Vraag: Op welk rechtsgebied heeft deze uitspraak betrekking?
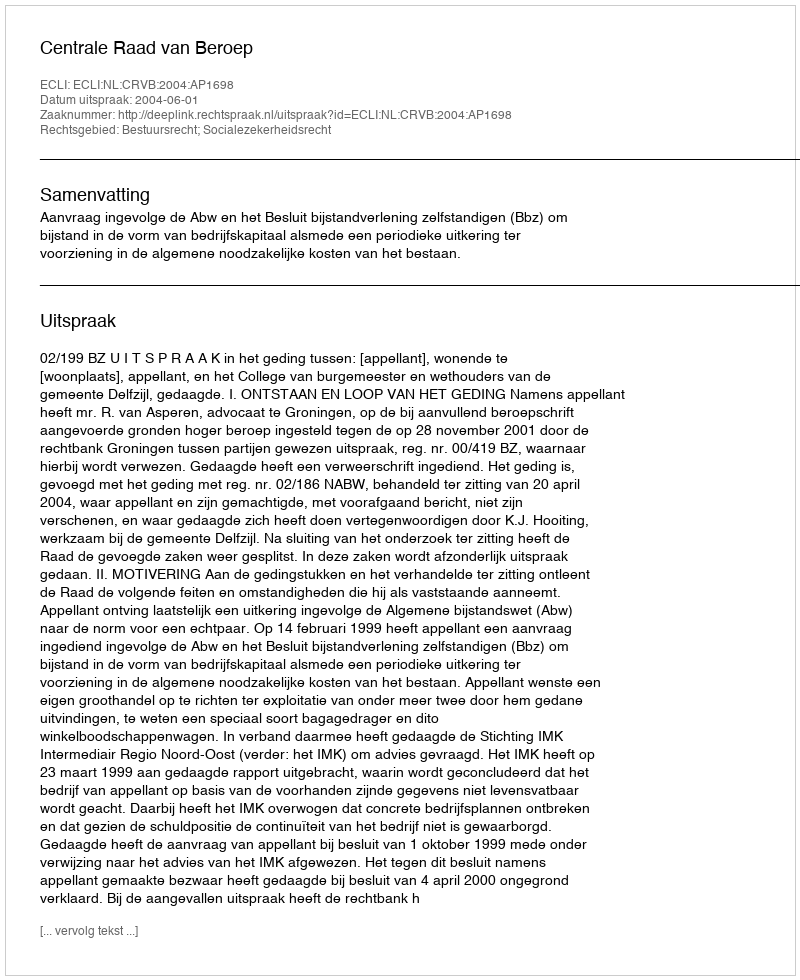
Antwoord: Bestuursrecht; Socialezekerheidsrecht